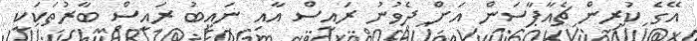
އޭގެ ކުރިން ޗެއާޕާސަން އަށް ދެވުނު ރައީސް އާއި ނައިބު ރައީސް ބާރުތަކަކީ